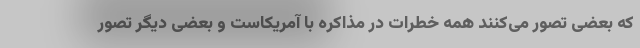
که بعضی تصور می‌کنند همه خطرات در مذاکره با آمریکاست و بعضی دیگر تصور